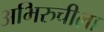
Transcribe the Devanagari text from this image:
अभिरुचीला